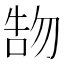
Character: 𠵞